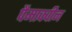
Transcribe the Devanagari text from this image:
पैमाक्वीन